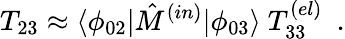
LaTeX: T_{23}\approx\langle\phi_{02}|\hat{M}^{(in)}|\phi_{03}\rangle\ T_{33}^{(el)}\ \ .